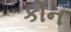
કોન